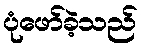
ပုံဖော်ခဲ့သည်